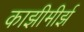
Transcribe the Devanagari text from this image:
काझीमीर्झ